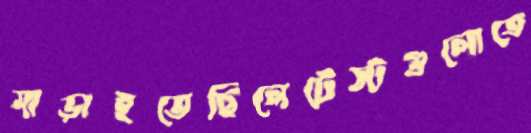
মাড়াইতেছিলেটেস্টগুলোতে